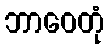
ဘာဝေတုံ